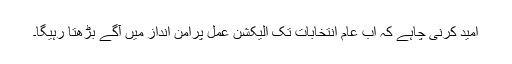
امید کرنی چاہے کہ اب عام انتخابات تک الیکشن عمل پرامن انداز میں آگے بڑھتا رہیگا۔